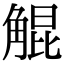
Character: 䚠